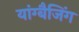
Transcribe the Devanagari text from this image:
यांग्बैजिंग